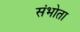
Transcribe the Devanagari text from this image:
संभोता